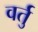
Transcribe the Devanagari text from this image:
वर्तु